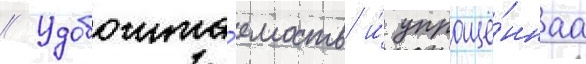
// Удобочита́емость и́ упрощё́ннаа